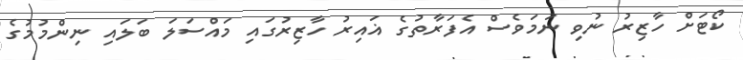
ކޯޓަށް ހާޒިރު ނުވި ނަމަވެސް އެފަރާތުގެ ޣައިރު ހާޒިރުގައި މައްސަލަ ބަލައި ނިންމުމުގެ